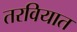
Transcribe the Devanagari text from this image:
तरवियात